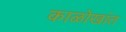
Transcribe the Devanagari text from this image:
काळोखांत